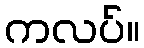
ကလပ်။